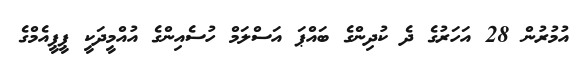
އުމުރުން 28 އަހަރުގެ ދެ ކުދިންގެ ބައްޕަ އަސްލަމް ހުސެއިންގެ އުއްމީދަކީ ޕީޕީއެމްގެ